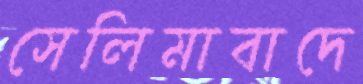
সেলিমাবাদে